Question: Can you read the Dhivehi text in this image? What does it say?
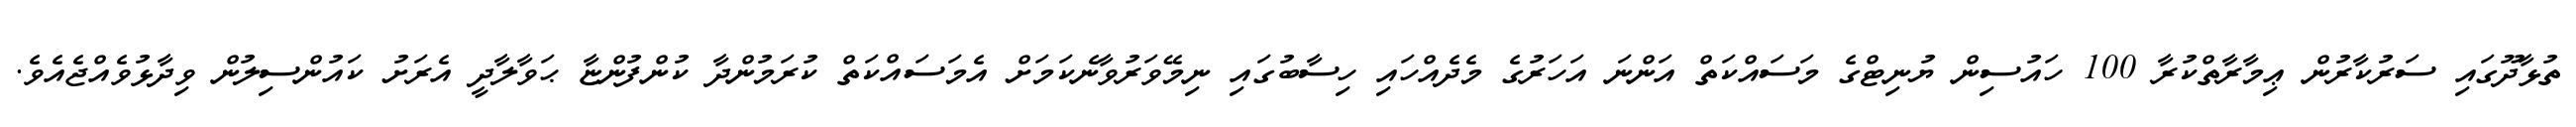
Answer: ތުޅާދޫގައި ސަރުކާރުން ޢިމާރާތްކުރާ 100 ހައުސިން ޔުނިޓްގެ މަސައްކަތް އަންނަ އަހަރުގެ މެދެއްހައި ހިސާބުގައި ނިމޭވަރުވާނެކަމަށް އެމަސައްކަތް ކުރަމުންދާ ކުންފުންޏާ ޙަވާލާދީ އެރަށު ކައުންސިލުން ވިދާޅުވެއްޖެއެވެ.